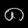
Digit: ၈